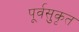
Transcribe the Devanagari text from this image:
पूर्वसुकृत